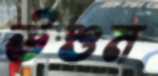
উশুম